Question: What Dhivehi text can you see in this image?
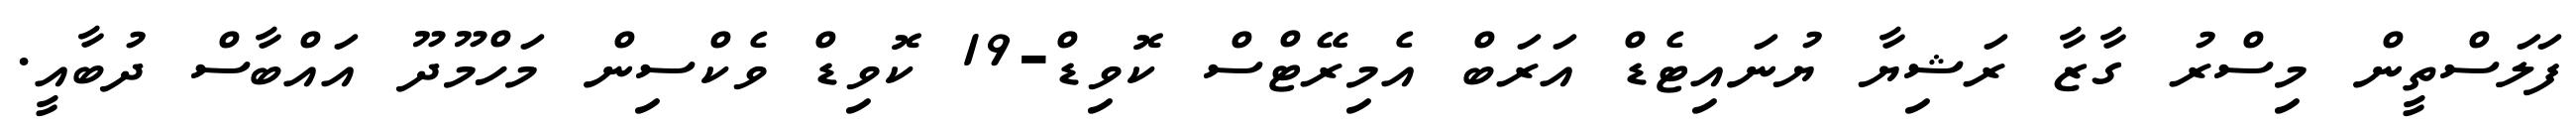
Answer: ފަލަސްތީން މިސްރު ގާޒާ ރަޝިޔާ ޔުނައިޓެޑް އަރަބް އެމިރޭޓްސް ކޮވިޑް-19 ކޮވިޑް ވެކްސިން މަހްމޫދޫ އައްބާސް ދުބާއީ.